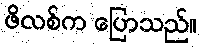
ဖိလစ်က ပြောသည်။